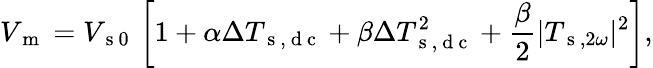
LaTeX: V_{\mathrm{~m~}}=V_{\mathrm{~s~0~}}\left[1+\alpha\Delta T_{\mathrm{~s~,~d~c~}}+\beta\Delta T_{\mathrm{~s~,~d~c~}}^{2}+\frac{\beta}{2}|T_{\mathrm{~s~},2\omega}|^{2}\right]{,}